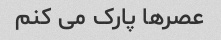
عصرها پارک می کنم